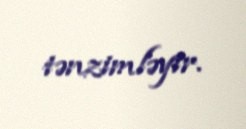
tənzimləyir.